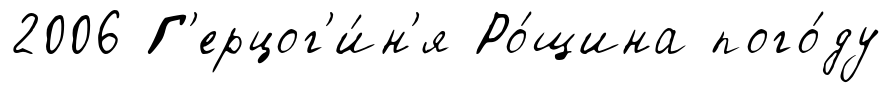
2006 Г'ерцог'и́н'я Ро́щина пого́ду